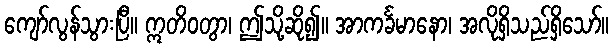
ကျော်လွန်သွားပြီ။ ဣတိဝတွာ၊ ဤသို့ဆို၍။ အာကင်္ခမာနော၊ အလိုရှိသည်ရှိသော်။